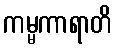
ကမ္မကာရာတိ